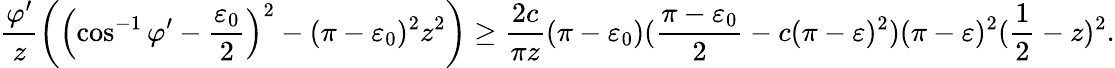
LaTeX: \frac{\varphi^{\prime}}{z}\left(\left(\cos^{-1}\varphi^{\prime}-\frac{\varepsilon_{0}}{2}\right)^{2}-(\pi-\varepsilon_{0})^{2}z^{2}\right)\geq\frac{2c}{\pi z}(\pi-\varepsilon_{0})(\frac{\pi-\varepsilon_{0}}{2}-c(\pi-\varepsilon)^{2})(\pi-\varepsilon)^{2}(\frac{1}{2}-z)^{2}.